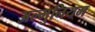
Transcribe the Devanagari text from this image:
अल्‍मुनियम